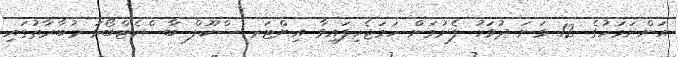
އަންނަމަހުގެ 12 ވަނަ ދުވަހު ފެށުމަށް ހަމަޖެހިފައިވާ އިންޓަރ ސްކޫލް ބާސްކެޓްބޯޅަ މުބާރާތުގައި